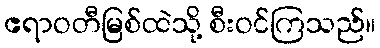
ဧရာဝတီမြစ်ထဲသို့ စီးဝင်ကြသည်။